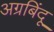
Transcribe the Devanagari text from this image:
अग्रबिंदू